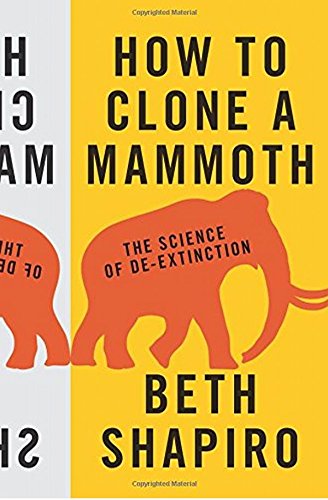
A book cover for How to Clone a Mammoth: The Science of De-Extinction; Beth Shapiro; Engineering & Transportation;